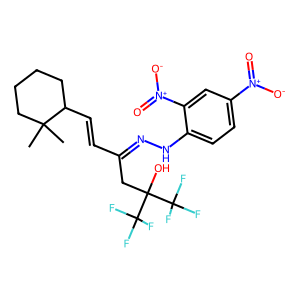
SMILES: CC1(C)CCCCC1C=CC(CC(O)(C(F)(F)F)C(F)(F)F)=NNc1ccc([N+](=O)[O-])cc1[N+](=O)[O-]
Inhibits HIV replication: No